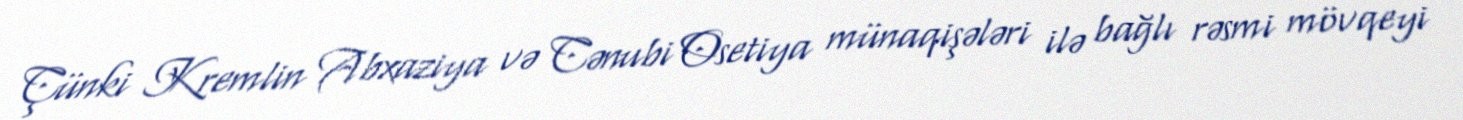
Çünki Kremlin Abxaziya və Cənubi Osetiya münaqişələri ilə bağlı rəsmi mövqeyi